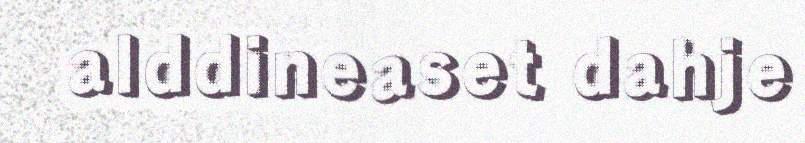
alddineaset dahje